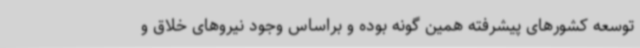
توسعه کشورهای پیشرفته همین گونه بوده و براساس وجود نیروهای خلاق و